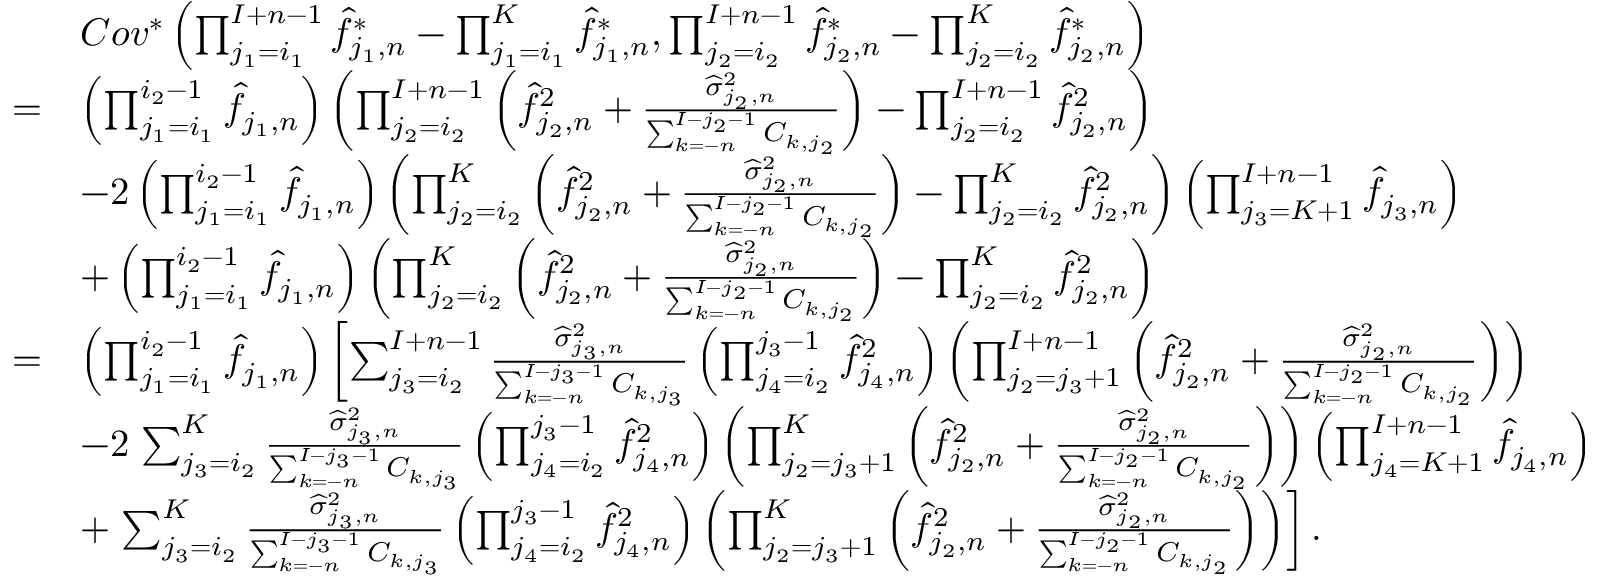
\begin{array} { r l } & { C o v ^ { * } \left( \prod _ { j _ { 1 } = i _ { 1 } } ^ { I + n - 1 } \widehat f _ { j _ { 1 } , n } ^ { * } - \prod _ { j _ { 1 } = i _ { 1 } } ^ { K } \widehat f _ { j _ { 1 } , n } ^ { * } , \prod _ { j _ { 2 } = i _ { 2 } } ^ { I + n - 1 } \widehat f _ { j _ { 2 } , n } ^ { * } - \prod _ { j _ { 2 } = i _ { 2 } } ^ { K } \widehat f _ { j _ { 2 } , n } ^ { * } \right) } \\ { = } & { \left( \prod _ { j _ { 1 } = i _ { 1 } } ^ { i _ { 2 } - 1 } \widehat f _ { j _ { 1 } , n } \right) \left( \prod _ { j _ { 2 } = i _ { 2 } } ^ { I + n - 1 } \left( \widehat f _ { j _ { 2 } , n } ^ { 2 } + \frac { \widehat \sigma _ { j _ { 2 } , n } ^ { 2 } } { \sum _ { k = - n } ^ { I - { j _ { 2 } } - 1 } C _ { k , j _ { 2 } } } \right) - \prod _ { j _ { 2 } = i _ { 2 } } ^ { I + n - 1 } \widehat f _ { j _ { 2 } , n } ^ { 2 } \right) } \\ & { - 2 \left( \prod _ { j _ { 1 } = i _ { 1 } } ^ { i _ { 2 } - 1 } \widehat f _ { j _ { 1 } , n } \right) \left( \prod _ { j _ { 2 } = i _ { 2 } } ^ { K } \left( \widehat f _ { j _ { 2 } , n } ^ { 2 } + \frac { \widehat \sigma _ { j _ { 2 } , n } ^ { 2 } } { \sum _ { k = - n } ^ { I - { j _ { 2 } } - 1 } C _ { k , j _ { 2 } } } \right) - \prod _ { j _ { 2 } = i _ { 2 } } ^ { K } \widehat f _ { j _ { 2 } , n } ^ { 2 } \right) \left( \prod _ { j _ { 3 } = K + 1 } ^ { I + n - 1 } \widehat f _ { j _ { 3 } , n } \right) } \\ & { + \left( \prod _ { j _ { 1 } = i _ { 1 } } ^ { i _ { 2 } - 1 } \widehat f _ { j _ { 1 } , n } \right) \left( \prod _ { j _ { 2 } = i _ { 2 } } ^ { K } \left( \widehat f _ { j _ { 2 } , n } ^ { 2 } + \frac { \widehat \sigma _ { j _ { 2 } , n } ^ { 2 } } { \sum _ { k = - n } ^ { I - { j _ { 2 } } - 1 } C _ { k , j _ { 2 } } } \right) - \prod _ { j _ { 2 } = i _ { 2 } } ^ { K } \widehat f _ { j _ { 2 } , n } ^ { 2 } \right) } \\ { = } & { \left( \prod _ { j _ { 1 } = i _ { 1 } } ^ { i _ { 2 } - 1 } \widehat f _ { j _ { 1 } , n } \right) \left[ \sum _ { j _ { 3 } = i _ { 2 } } ^ { I + n - 1 } \frac { \widehat \sigma _ { j _ { 3 } , n } ^ { 2 } } { \sum _ { k = - n } ^ { I - { j _ { 3 } } - 1 } C _ { k , j _ { 3 } } } \left( \prod _ { j _ { 4 } = i _ { 2 } } ^ { j _ { 3 } - 1 } \widehat { f } _ { j _ { 4 } , n } ^ { 2 } \right) \left( \prod _ { j _ { 2 } = j _ { 3 } + 1 } ^ { I + n - 1 } \left( \widehat f _ { j _ { 2 } , n } ^ { 2 } + \frac { \widehat \sigma _ { j _ { 2 } , n } ^ { 2 } } { \sum _ { k = - n } ^ { I - { j _ { 2 } } - 1 } C _ { k , j _ { 2 } } } \right) \right) \right. } \\ & { - 2 \left. \sum _ { j _ { 3 } = i _ { 2 } } ^ { K } \frac { \widehat \sigma _ { j _ { 3 } , n } ^ { 2 } } { \sum _ { k = - n } ^ { I - { j _ { 3 } } - 1 } C _ { k , j _ { 3 } } } \left( \prod _ { j _ { 4 } = i _ { 2 } } ^ { j _ { 3 } - 1 } \widehat { f } _ { j _ { 4 } , n } ^ { 2 } \right) \left( \prod _ { j _ { 2 } = j _ { 3 } + 1 } ^ { K } \left( \widehat f _ { j _ { 2 } , n } ^ { 2 } + \frac { \widehat \sigma _ { j _ { 2 } , n } ^ { 2 } } { \sum _ { k = - n } ^ { I - { j _ { 2 } } - 1 } C _ { k , j _ { 2 } } } \right) \right) \left( \prod _ { j _ { 4 } = K + 1 } ^ { I + n - 1 } \widehat { f } _ { j _ { 4 } , n } \right) \right. } \\ & { + \left. \sum _ { j _ { 3 } = i _ { 2 } } ^ { K } \frac { \widehat \sigma _ { j _ { 3 } , n } ^ { 2 } } { \sum _ { k = - n } ^ { I - { j _ { 3 } } - 1 } C _ { k , j _ { 3 } } } \left( \prod _ { j _ { 4 } = i _ { 2 } } ^ { j _ { 3 } - 1 } \widehat { f } _ { j _ { 4 } , n } ^ { 2 } \right) \left( \prod _ { j _ { 2 } = j _ { 3 } + 1 } ^ { K } \left( \widehat f _ { j _ { 2 } , n } ^ { 2 } + \frac { \widehat \sigma _ { j _ { 2 } , n } ^ { 2 } } { \sum _ { k = - n } ^ { I - { j _ { 2 } } - 1 } C _ { k , j _ { 2 } } } \right) \right) \right] . } \end{array}